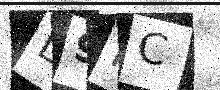
Text: D9HC